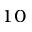
^ { 1 0 }